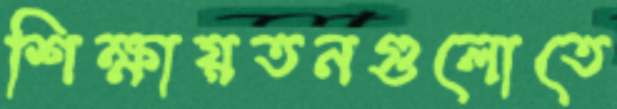
শিক্ষায়তনগুলোতে